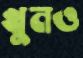
খুনও